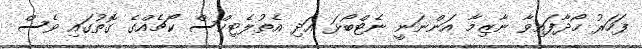
ފަހަރު ހޯދާފައިވާ ނާޒިމާ އަންނަނީ ނެޓްބޯޅަ އަދި އެތުލެޓިކްސް ކޯޗެއްގެ ގޮތުގައި ވެސް